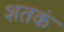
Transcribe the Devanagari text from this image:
शतकं